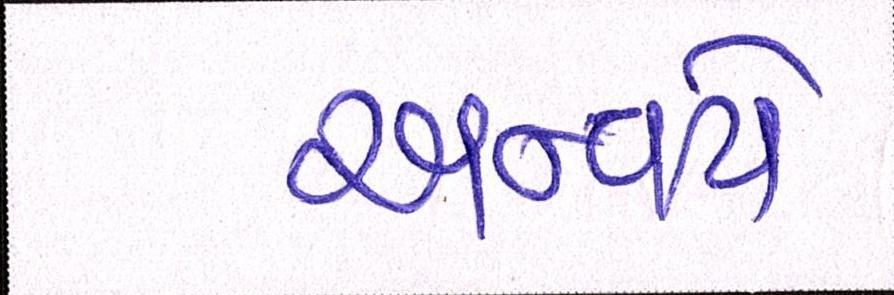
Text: અન્વયે